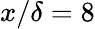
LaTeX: x/\delta=8